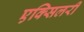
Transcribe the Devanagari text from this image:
एक्सिलरी